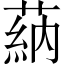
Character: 蒳